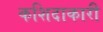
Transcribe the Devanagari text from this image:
कशिदाकारी